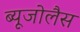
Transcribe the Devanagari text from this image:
ब्यूजोलैस